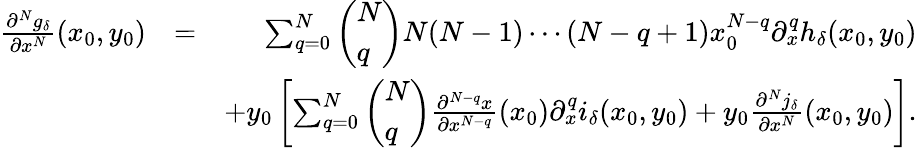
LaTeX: \begin{array}{rlr}{\frac{\partial^{N}g_{\delta}}{\partial x^{N}}(x_{0},y_{0})}&{=}&{\sum_{q=0}^{N}\left(\begin{array}{l}{N}\\ {q}\end{array}\right)N(N-1)\cdots(N-q+1)x_{0}^{N-q}\partial_{x}^{q}h_{\delta}(x_{0},y_{0})}\\ &{}&{+y_{0}\left[\sum_{q=0}^{N}\left(\begin{array}{l}{N}\\ {q}\end{array}\right)\frac{\partial^{N-q}x}{\partial x^{N-q}}(x_{0})\partial_{x}^{q}i_{\delta}(x_{0},y_{0})+y_{0}\frac{\partial^{N}j_{\delta}}{\partial x^{N}}(x_{0},y_{0})\right].}\end{array}